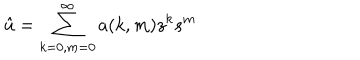
{ \hat { u } } = \sum _ { k = 0 , m = 0 } ^ { \infty } a ( k , m ) z ^ { k } s ^ { m }